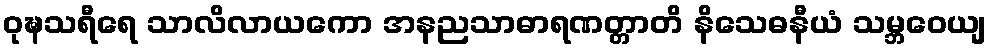
ဝုဍ္ဎသရီရေ သာလိလာယကော အနညသာဓာရဏတ္တာတိ နိသေဓနီယံ သမ္ဘဝေယျ